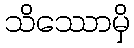
သိဿောမှိ